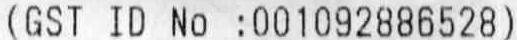
(GST ID NO :001092886528)